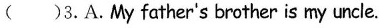
( )3.A.My father's brother is my uncle.